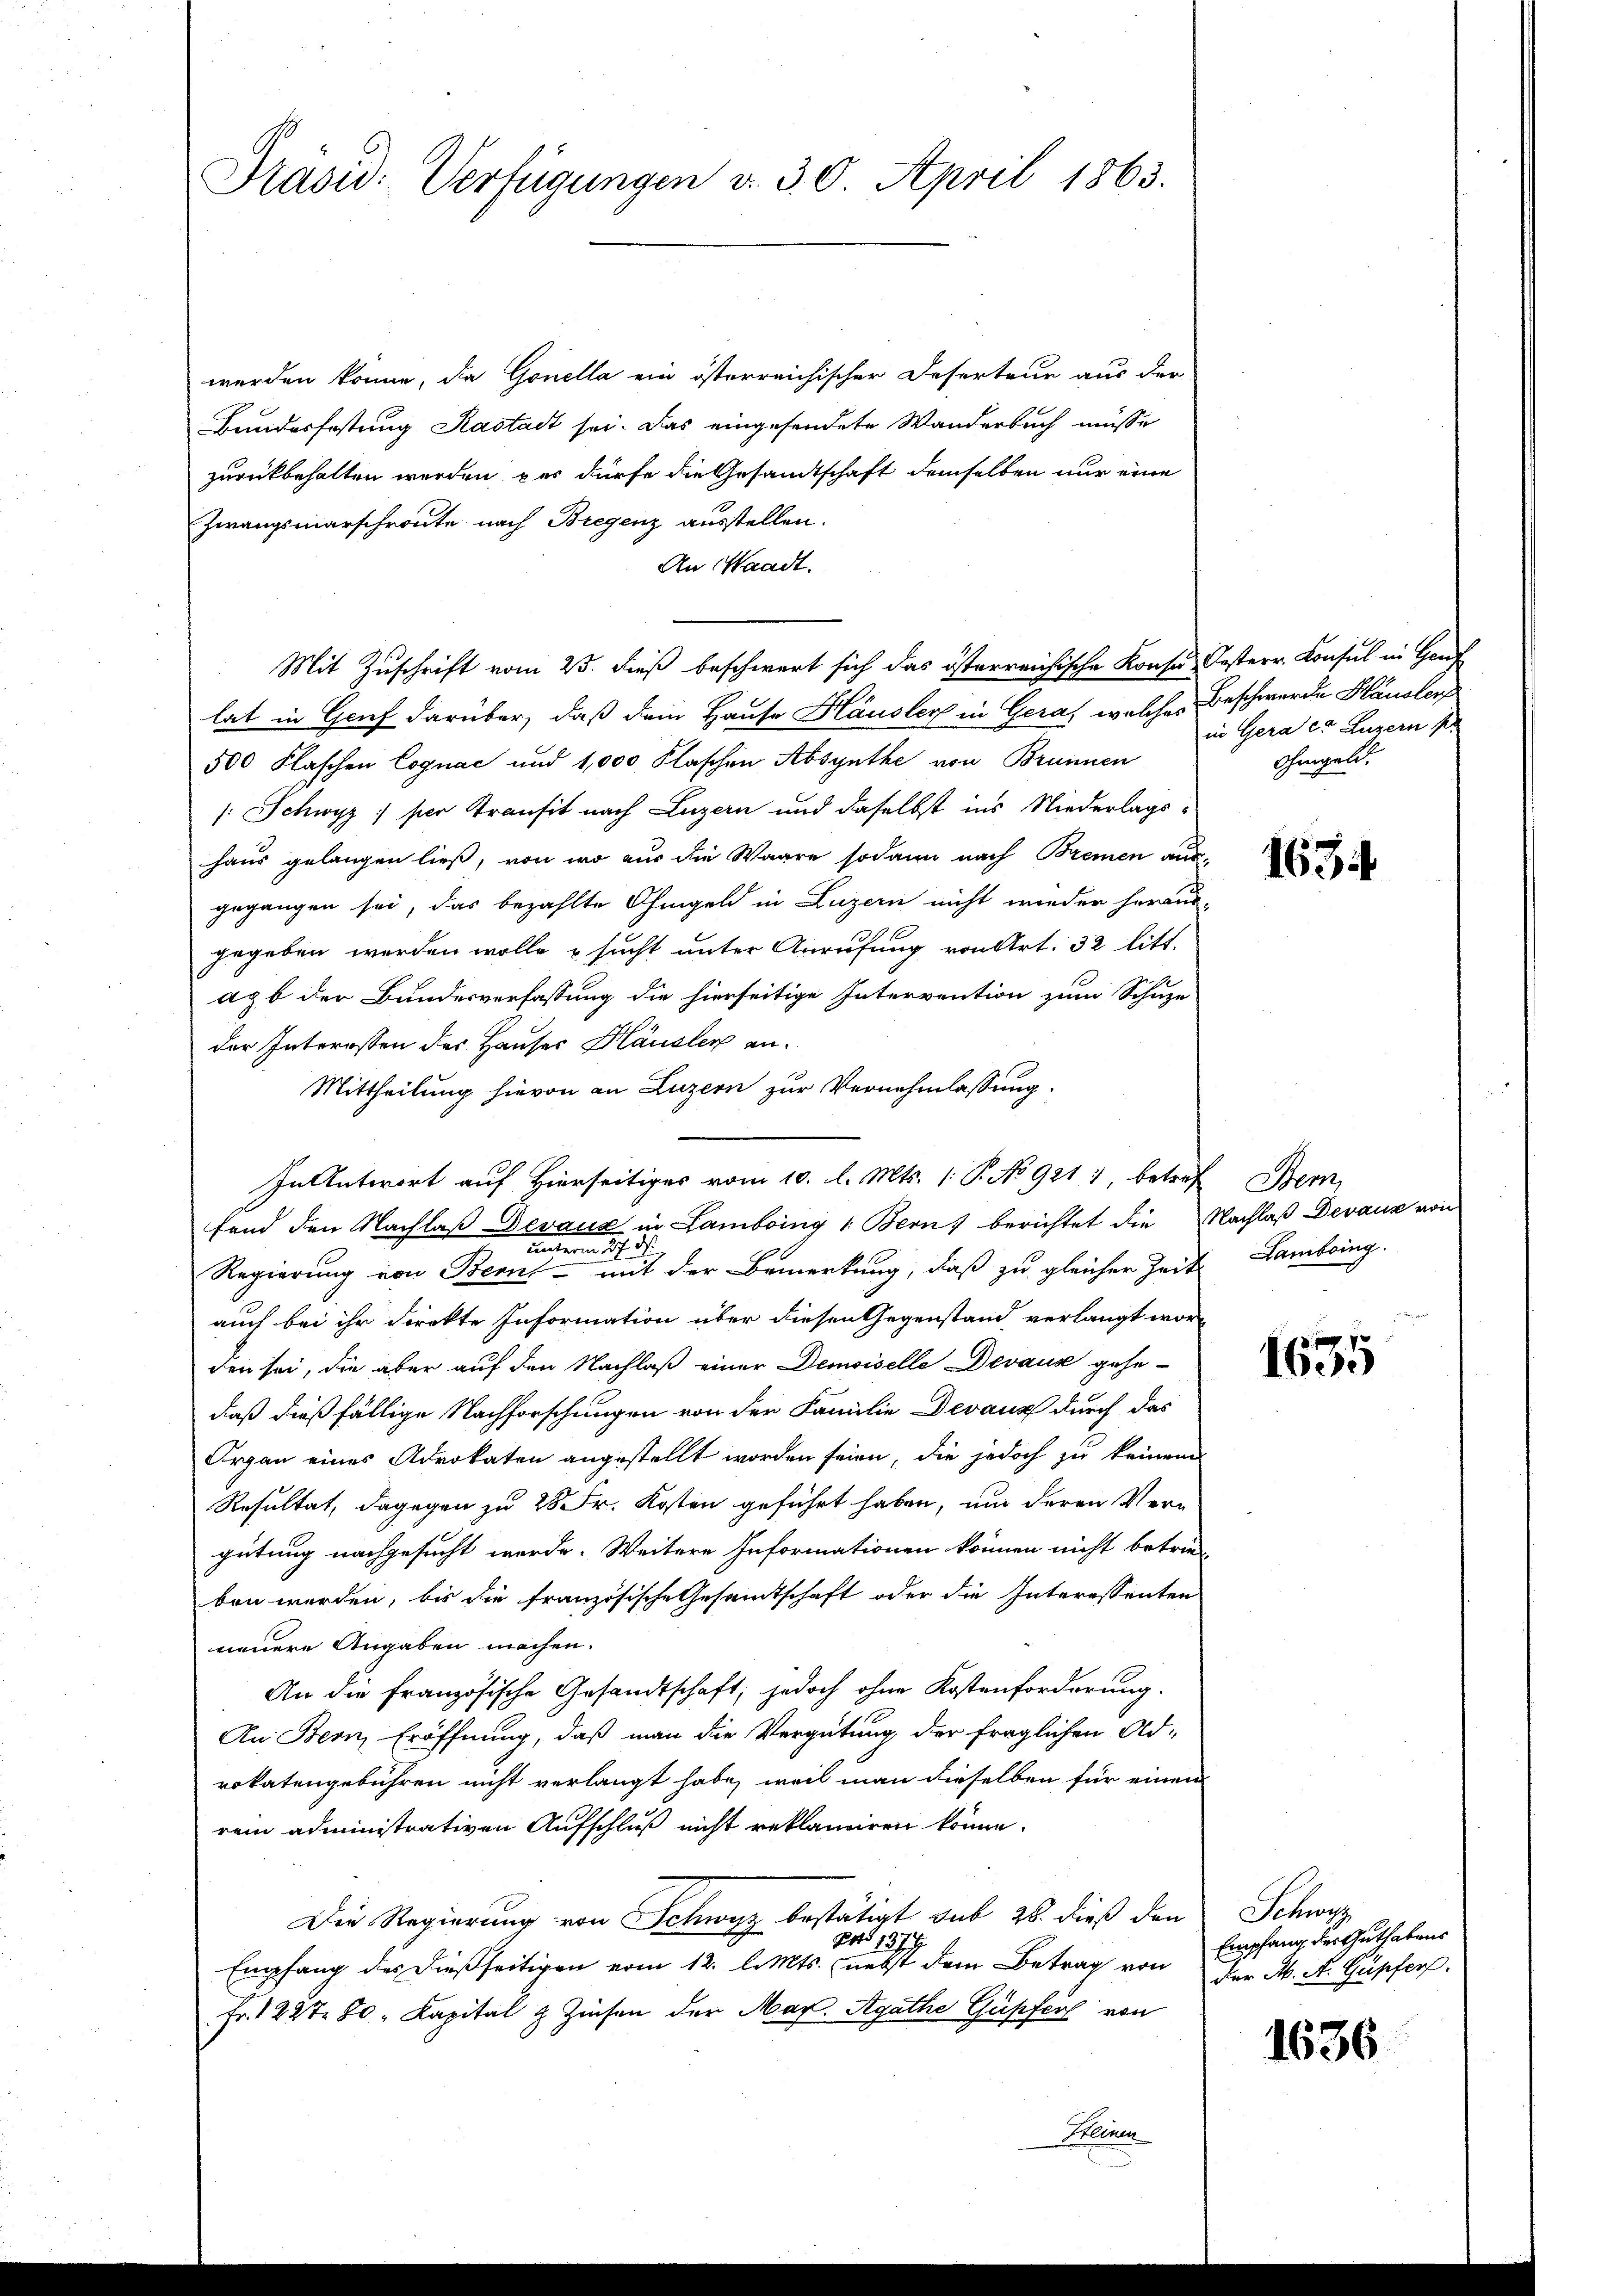
Präsid. Verfügungen v. 30. April 1863.

werden könne, da Gonella ein österreichischer Deserteur aus der
Bundesfastung Kastadt sei. Das eingesendete Wanderbuch müsse
zurückbehalten werden, par dürfe die Gesamtschaft demselben nur eine
Zwangsmarschroute nach Bregenz ausstellen.
An Waadt.
Mit Zuschrift vom 25. dieß beschwert sich das österreichische Konse Oesterr. Konsul in Genf
lat in Genf darüber, daß dein Hause Häusler in Geras welches
500 Flaschen Cognac und 1,000 Flaschen Absynthe von Brunnen
/: Schwyz) per Transit nach Luzern und daselbst ins Niederlags-
haus gelangen ließ, von wo aus die Waare sodann nach Bremen aus-
gegangen sei, das bezahlte Chingel in Luzern nicht wieder heraus-
gegeben werden wolle & sucht unter Anrufung von Art. 32 litt.
az b der Bundesverfassung die hierseitige Intervention zum Schuze
der Interessen des Hauser Häusler an¬
Mittheilung hievon an Luzern zur Vernehmlassung.
In Antwort auf Hierseitiges vom 10. l. Mts. 1. P. No 921 1 betref Bern,
fend den Nachlaß Devaux in Lambring 1 Bern, berichtet die Nachlaß Devaux von
e
Regierung von Berns - mit der Bemerkung, daß zu gleicher Zeit Lambring
auch bei ihr direkte Information über diesen Gegenstand verlangt wor-
den sei, die aber auf den Nachlaß einer Demoiselle Devaux gehe-
daß dießfällige Nachforschungen von der Familie Devaux durch das
Organ eines Advokaten angestellt worden seien, die jedoch zu keinem
Resultat, dagegen zu 28 Fr. Kosten geführt haben, um deren Vergütung nachgesucht werde. Weitere Informationen können nicht betrieben werden, bis die französische Gesamtschaft oder die Interessenten
neuere Angaben machen.
An die französische Gesandtschaft; jedoch ohne Kostenforderung.
An Bern, Eröffnung, daß man die Vergütung der fraglichen Ad-
rokatengebühren nicht verlangt habe, weil man dieselben für einen
rem administrativen Aufschluß nicht reklanciren könne.
Die Regierung von Schwyz bestätigt sub 28. dieß den
pato 1378
Empfang des dießseitigen vom 12. l. Mts. nebst dem Betrag von
Fr. 1227 80, Kapital & Zinsen der Mar. Agathe Güpfer von

Ein

Beschwerde Häusler
in Gera eo Luzern s
Ohmgeld.

1634

1635

Schnung
Empfang des Guthabens
der M. A. Gupfer.

1636